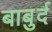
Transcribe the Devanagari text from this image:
बाबुर्द